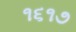
૧૬૧૭